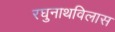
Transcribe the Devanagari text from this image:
रघुनाथविलास